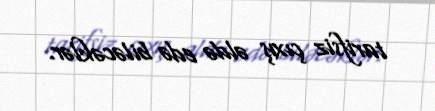
tarifsiz çıxış əldə edə biləcəklər.